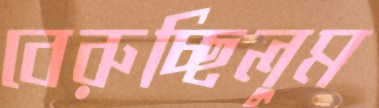
বেরুচ্ছিলুম